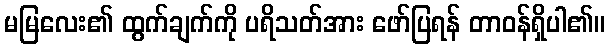
မမြလေး၏ ထွက်ချက်ကို ပရိသတ်အား ဖော်ပြရန် တာဝန်ရှိပါ၏။